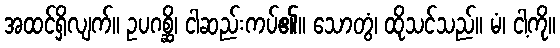
အထင်ရှိလျက်။ ဥပဂစ္ဆိ၊ ငါဆည်းကပ်၏။ သောတွံ၊ ထိုသင်သည်။ မံ၊ ငါ့ကို။